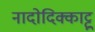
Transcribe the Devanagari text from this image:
नादोदिक्काट्टू